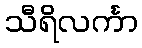
သီရိလင်္ကာ